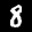
Label: 8